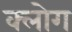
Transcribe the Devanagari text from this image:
क्लोग